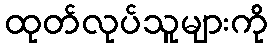
ထုတ်လုပ်သူများကို